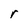
Character: r